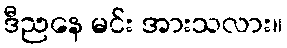
ဒီညနေ မင်း အားသလား။